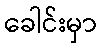
ခေါင်းမှာ